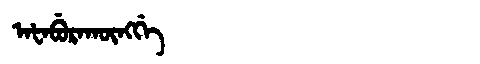
Manchu: ᠠᡶᠠᠪᡠᡵᠠᡴᡡᠩᡤᡝ
Romanization: AFABURAKŪNGGE